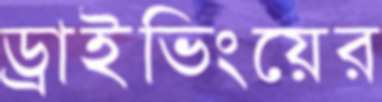
ড্রাইভিংয়ের